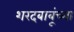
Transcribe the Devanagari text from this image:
शरदबाबूंच्या